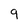
Character: 9